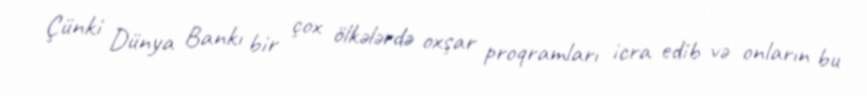
Çünki Dünya Bankı bir çox ölkələrdə oxşar proqramları icra edib və onların bu